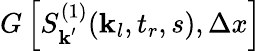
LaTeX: G\left[S_{\textbf{k}^{\prime}}^{(1)}(\textbf{k}_{l},t_{r},s),\Delta x\right]